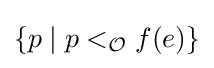
\{p\mid p<_{\mathcal {O}}f(e)\}